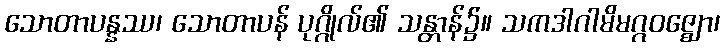
သောတာပန္နဿ၊ သောတာပန် ပုဂ္ဂိုလ်၏ သန္တာန်၌။ သကဒါဂါမိမဂ္ဂဝဇ္ဈော၊